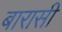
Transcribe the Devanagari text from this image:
बारासी